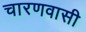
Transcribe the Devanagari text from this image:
चारणवासी